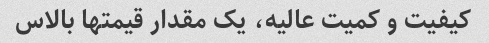
کیفیت و کمیت عالیه، یک مقدار قیمتها بالاس